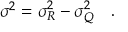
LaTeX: \sigma ^ { 2 } = \sigma _ { R } ^ { 2 } - \sigma _ { Q } ^ { 2 } ~ ~ ~ .